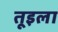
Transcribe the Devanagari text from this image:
तूइला